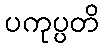
ပကုပ္ပတိ